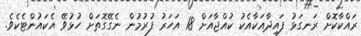
ރައްކާކޮށް ރަނގަޅު ފައިދާއަކާއެކު ކުއްޖާއަށް 18 އަހަރު ފުރުމުން ނެގޭގޮތަށް ހުޅުވޭ އެކައުންޓެކެވެ.